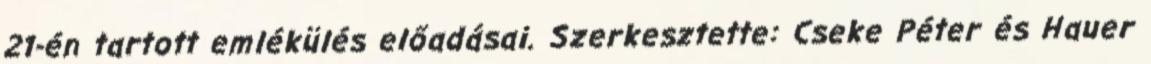
21-én tartott emlékülés előadásai. Szerkesztette: Cseke Péter és Hauer